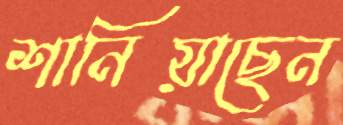
শানিয়াছেন